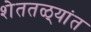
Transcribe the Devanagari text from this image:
शेततळ्यांत